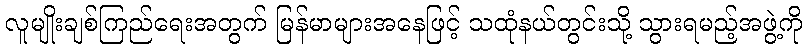
လူမျိုးချစ်ကြည်ရေးအတွက် မြန်မာများအနေဖြင့် သထုံနယ်တွင်းသို့ သွားရမည့်အဖွဲ့ကို